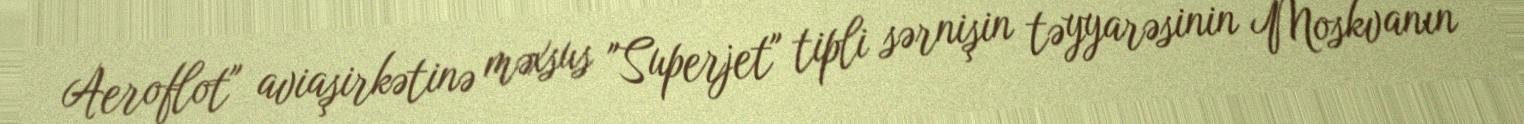
Aeroflot" aviaşirkətinə məxsus "Superjet" tipli sərnişin təyyarəsinin Moskvanın